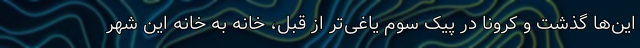
این‌ها گذشت و کرونا در پیک سوم یاغی‌تر از قبل، خانه به خانه این شهر